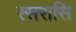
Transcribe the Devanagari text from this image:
रसरासि